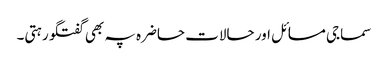
سماجی مسائل اور حالات حاضرہ پہ بھی گفتگو رہتی۔